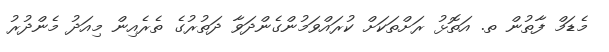
މެޑަމް ފާތުން ތ. އަތޮޅު ރަށްތަކަށް ކުރައްވަމުންގެންދަވާ ދަތުރުގެ ތެރެއިން މިއަދު މެންދުރު